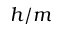
h / m